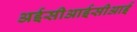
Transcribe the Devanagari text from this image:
अईसीआईसीआई